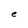
Character: e